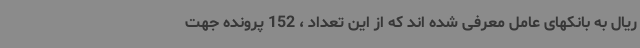
ریال به بانکهای عامل معرفی شده اند که از این تعداد ، 152 پرونده جهت